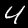
Label: 4